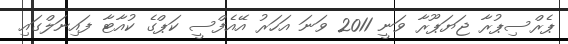
ޕެރްސިޕުރާ ޖަޔަޕޫރާ ވަނީ 2011 ވަނަ އަހަރު އޭއެފްސީ ކަޕްގެ ކުއާޓާ ފައިނަލްގައި